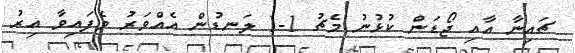
ޗައިނާ އާއި ޖޯޑަން ކުޅުނު މެޗު 1-1 ލަނޑުން އެއްވަރު ވެފައިވާ އިރު